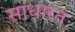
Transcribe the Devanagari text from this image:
साधारतः